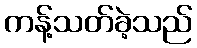
ကန့်သတ်ခဲ့သည်